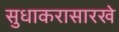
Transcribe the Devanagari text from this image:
सुधाकरासारखे